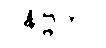
ဝနိဗ္ဗကာ